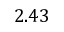
2 . 4 3